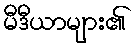
မီဒီယာများ၏